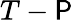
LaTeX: T-\mathsf{P}